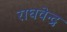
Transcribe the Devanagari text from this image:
राघवेन्‍द्र